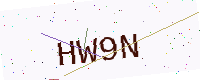
Text: HW9N